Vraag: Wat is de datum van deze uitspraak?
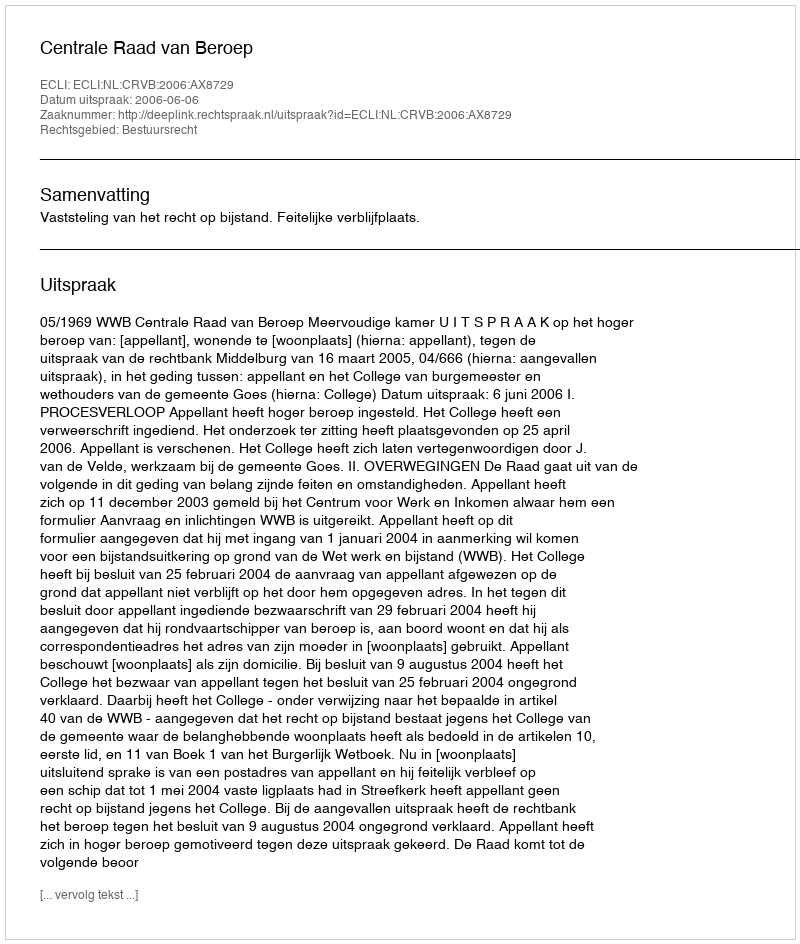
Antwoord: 2006-06-06